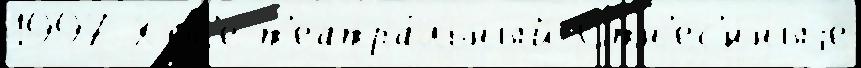
1997 Хос'е т'еатра́льный Отн'ес'́нныjе